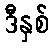
ဒီနှစ်